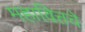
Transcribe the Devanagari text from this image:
महावित्तचे